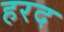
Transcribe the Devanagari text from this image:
हरद